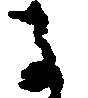
子